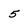
Character: 5